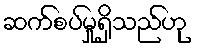
ဆက်စပ်မှုရှိသည်ဟု